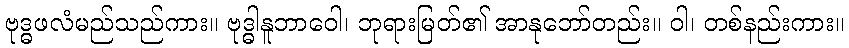
ဗုဒ္ဓဖလံမည်သည်ကား။ ဗုဒ္ဓါနူဘာဝေါ၊ ဘုရားမြတ်၏ အာနုဘော်တည်း။ ဝါ၊ တစ်နည်းကား။